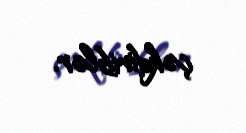
çəkdiriblər.